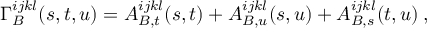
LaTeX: \Gamma _ { B } ^ { i j k l } ( s , t , u ) = A _ { B , t } ^ { i j k l } ( s , t ) + A _ { B , u } ^ { i j k l } ( s , u ) + A _ { B , s } ^ { i j k l } ( t , u ) \: ,